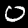
Label: 0